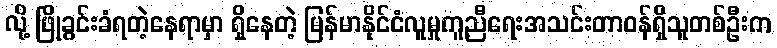
လို့ ဖြိုခွင်းခံရတဲ့နေရာမှာ ရှိနေတဲ့ မြန်မာနိုင်ငံလူမှုကူညီရေးအသင်းတာဝန်ရှိသူတစ်ဦးက